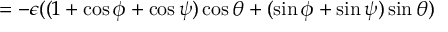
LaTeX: = - \epsilon ( ( 1 + \cos \phi + \cos \psi ) \cos \theta + ( \sin \phi + \sin \psi ) \sin \theta )